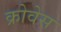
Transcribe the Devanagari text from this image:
क्रोवेस